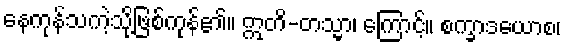
နေကုန်သကဲ့သို့ဖြစ်ကုန်၏။ ဣတိ-တသ္မာ၊ ကြောင့်။ စက္ခာဒယောစ၊